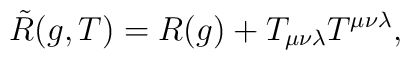
\tilde{R}(g,T) = R(g) + T_{\mu \nu \lambda} T^{\mu \nu \lambda},